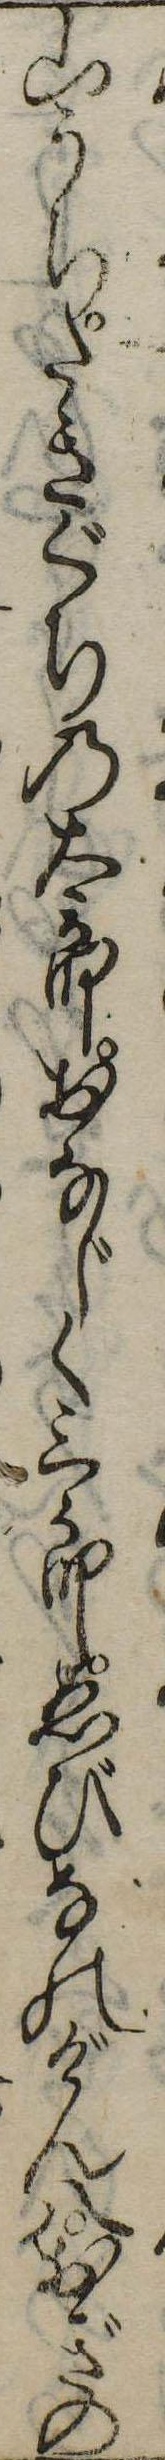
山うちたきぐちの太郎おなじく三郎ゑびなのげん八おぎの